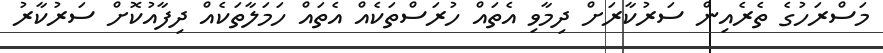
މަސްރަހުގެ ތެރެއިން ސަރުކާރަށް ދިމާވި އެތައް ހުރަސްތަކެއް އެތައް ހަމަލާތަކެއް ދިފާއުކޮށް ސަރުކާރު